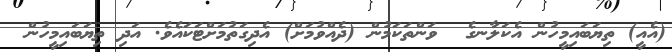
(އެއީ) ތިޔަބައިމީހުން އެކަލާނގެ  ވަންތަކަމުން (ދެއްވުމަށް) އެދިގަތުމަށްޓަކައެވެ. އަދި ތިޔަބައިމީހުން